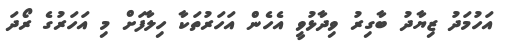
އަހުމަދު ޒިޔާދު ބާގިރު ވިދާޅުވީ އެހެން އަހަރުތަކާ ހިލާފަށް މި އަހަރުގެ ރޯދަ